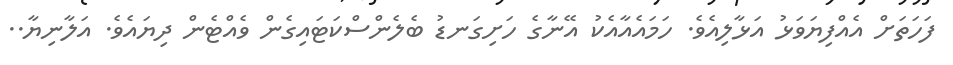
ފަހަތަށް އެއްފިޔަވަޅު އަޅާލިއެވެ. ހަމައެއާއެކު އޭނާގެ ހަށިގަނޑު ބެލެންސްކަޓައިގެން ވެއްޓެން ދިޔައެވެ. އަލާނިޔާ..